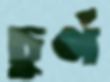
চুর্ণ